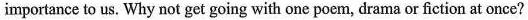
importance to us, Why not get going with one poem, drama or fiction at once?